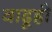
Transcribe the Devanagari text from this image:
वाढूही